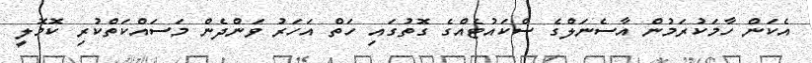
އެކަން ހާމަކުރަމުން އާސެނަލްގެ ސްކައުޓެއްގެ ގޮތުގައި ހަތް އަހަރު ވަންދެން މަސައްކަތްކުރި ކޮމޮލީ